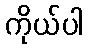
ကိုယ်ပါ